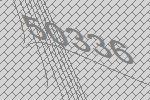
50336